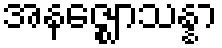
အနဇ္ဈောသန္နာ